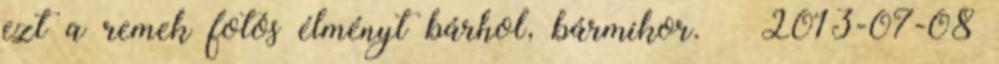
ezt a remek fotós élményt bárhol, bármikor. – 2013-07-08